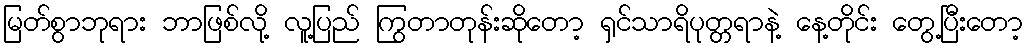
မြတ်စွာဘုရား ဘာဖြစ်လို့ လူ့ပြည် ကြွတာတုန်းဆိုတော့ ရှင်သာရိပုတ္တရာနဲ့ နေ့တိုင်း တွေ့ပြီးတော့